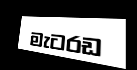
මැටරඩ